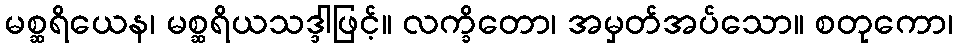
မစ္ဆရိယေန၊ မစ္ဆရိယသဒ္ဒါဖြင့်။ လက္ခိတော၊ အမှတ်အပ်သော။ စတုကော၊